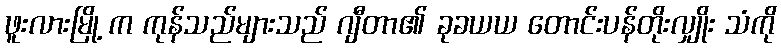
ဖူးလားမြို့ က ကုန်သည်များသည် ဂျီတာ၏ ခုခယယ တောင်းပန်တိုးလျှိုး သံကို